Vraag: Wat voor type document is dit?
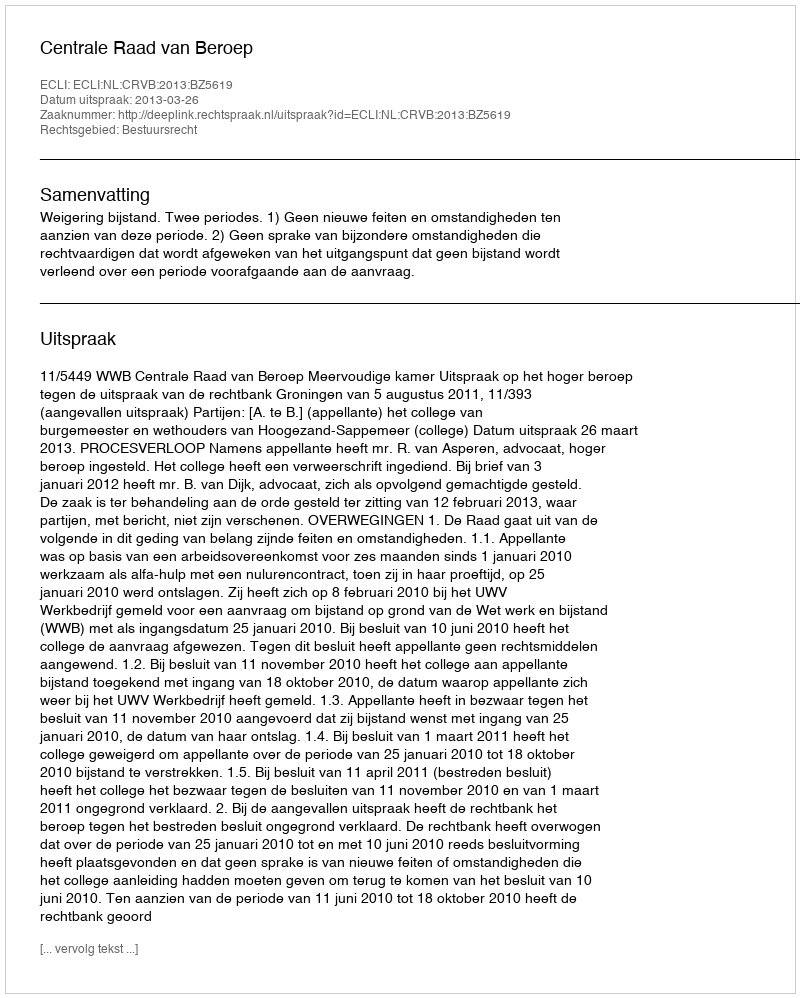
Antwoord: Uitspraak